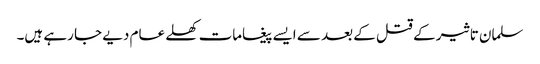
سلمان تاثیر کے قتل کے بعد سے ایسے پیغامات کھلے عام دیے جا رہے ہیں۔